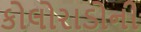
કોલોરાડોની